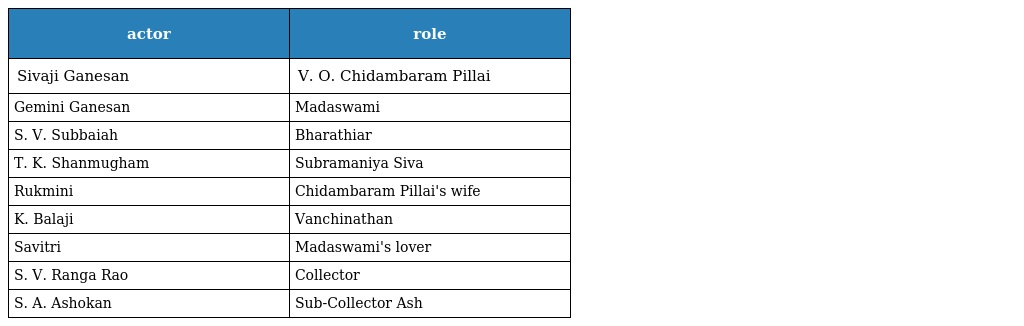
| actor | role |
 | --- | --- |
 | Sivaji Ganesan | V. O. Chidambaram Pillai |
 | Gemini Ganesan | Madaswami |
 | S. V. Subbaiah | Bharathiar |
 | T. K. Shanmugham | Subramaniya Siva |
 | Rukmini | Chidambaram Pillai's wife |
 | K. Balaji | Vanchinathan |
 | Savitri | Madaswami's lover |
 | S. V. Ranga Rao | Collector |
 | S. A. Ashokan | Sub-Collector Ash |